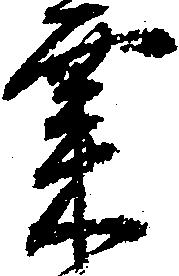
粟